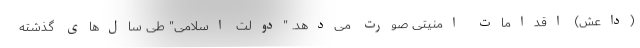
(داعش) اقدامات امنیتی صورت می‌‌دهد. "دولت اسلامی" طی سال‌های گذشته